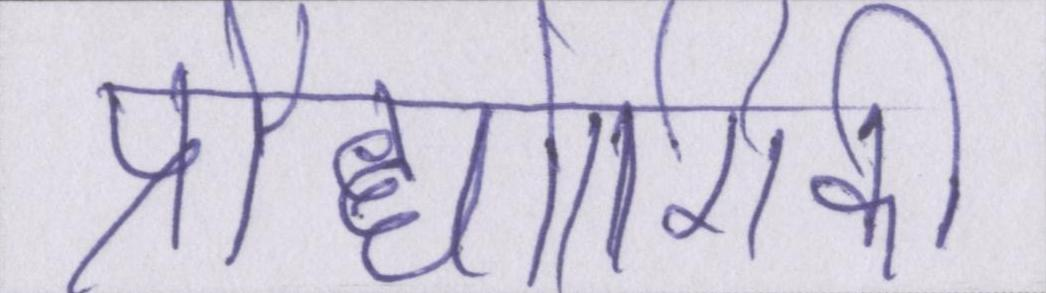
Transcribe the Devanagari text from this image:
प्रौद्योगिकी